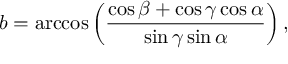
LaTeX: b = \operatorname { a r c c o s } \left( { \frac { \cos \beta + \cos \gamma \cos \alpha } { \sin \gamma \sin \alpha } } \right) ,